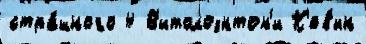
стра́шного 4 В'итолоэнтон'и К'ев'ин